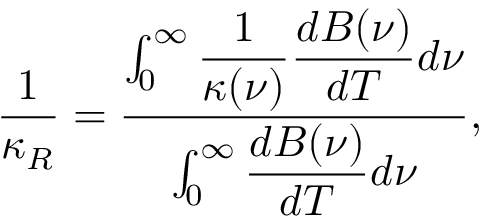
\frac { 1 } { \kappa _ { R } } = \frac { \int _ { 0 } ^ { \infty } \displaystyle \frac { 1 } { \kappa ( \nu ) } \displaystyle \frac { d B ( \nu ) } { d T } d \nu } { \int _ { 0 } ^ { \infty } \displaystyle \frac { d B ( \nu ) } { d T } d \nu } ,